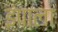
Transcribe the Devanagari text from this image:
इंपाला